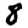
Digit: 8